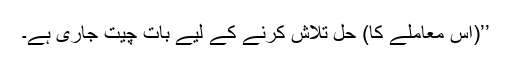
’’(اس معاملے کا) حل تلاش کرنے کے لیے بات چیت جاری ہے۔